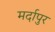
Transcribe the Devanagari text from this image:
मर्दापुर